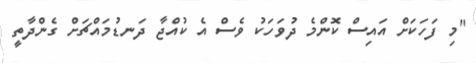
"މި ފަހަކަށް އައިސް ކޮންމެ ދުވަހަކު ވެސް އެ ކުއްޖާ ދަނޑުމައްޗަށް ގެންދާތީ